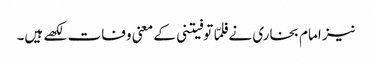
نیز امام بخاری نے فلمّا توفیتنی کے معنی وفات لکھے ہیں۔